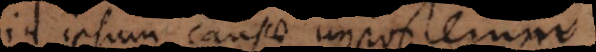
id ipsum causae imposterum